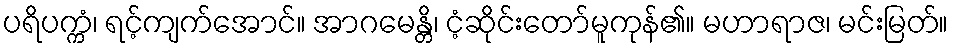
ပရိပက္ကံ၊ ရင့်ကျက်အောင်။ အာဂမေန္တိ၊ ငံ့ဆိုင်းတော်မူကုန်၏။ မဟာရာဇ၊ မင်းမြတ်။